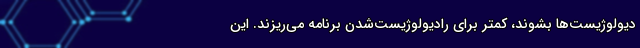
دیولوژیست‌ها بشوند، کمتر برای رادیولوژیست‌شدن برنامه می‌ریزند. این